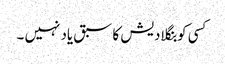
کسی کو بنگلادیش کا سبق یاد نہیں ۔